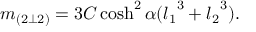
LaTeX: m _ { ( 2 \bot 2 ) } = 3 C \cosh ^ { 2 } \alpha ( { l _ { 1 } } ^ { 3 } + { l _ { 2 } } ^ { 3 } ) .